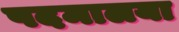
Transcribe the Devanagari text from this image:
पदमालया